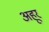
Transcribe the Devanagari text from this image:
अहूर